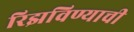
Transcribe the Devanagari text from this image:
रिझविण्याची